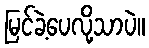
မြင်ခဲ့ပေလို့သာပဲ။